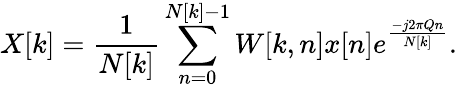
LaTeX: X[k]={\frac{1}{N[k]}}\sum_{n=0}^{N[k]-1}W[k,n]x[n]e^{\frac{-j2\pi Qn}{N[k]}}.